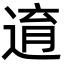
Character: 逳